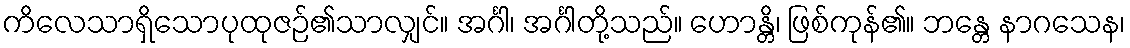
ကိလေသာရှိသောပုထုဇဉ်၏သာလျှင်။ အင်္ဂါ၊ အင်္ဂါတို့သည်။ ဟောန္တိ၊ ဖြစ်ကုန်၏။ ဘန္တေ နာဂသေန၊